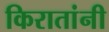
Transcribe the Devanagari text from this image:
किरातांनी